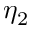
\eta _ { 2 }